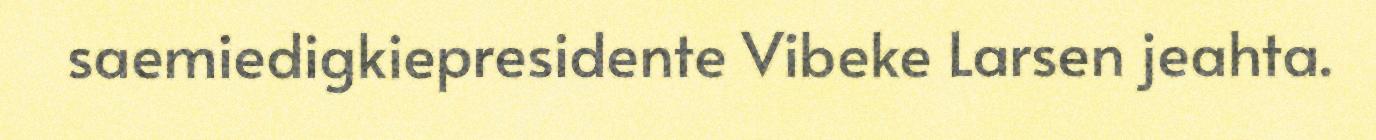
saemiedigkiepresidente Vibeke Larsen jeahta.